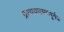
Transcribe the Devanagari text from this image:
प्रत्ययात्मकपूर्वक